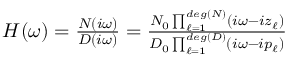
\begin{array} { r } { \begin{array} { r } { H ( \omega ) = \frac { N ( i \omega ) } { D ( i \omega ) } = \frac { N _ { 0 } \prod _ { \ell = 1 } ^ { d e g ( N ) } ( i \omega - i z _ { \ell } ) } { D _ { 0 } \prod _ { \ell = 1 } ^ { d e g ( D ) } ( i \omega - i p _ { \ell } ) } } \end{array} } \end{array}